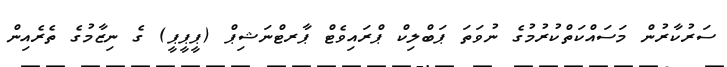
ސަރުކާރުން މަސައްކަތްކުރުމުގެ ނުވަތަ ޕަބްލިކް ޕްރައިވެޓް ޕާރޓްނަޝިޕް (ޕީޕީޕީ) ގެ ނިޒާމުގެ ތެރެއިން